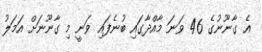
އެ ގާނޫނުގެ 46 ވަނަ މާއްދާގައި ބުނެފައި ވަނީ މި ގާނޫނަށް އަމަލު